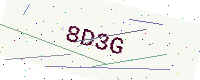
Text: 8D3G